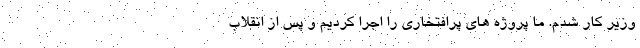
وزیر کار شدم. ما پروژه های پرافتخاری را اجرا کردیم و پس از انقلاب